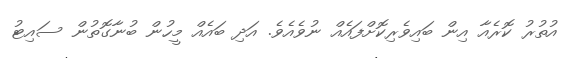
އުތުރު ކޮރެއާ އިން ބައިވެރިކޮށްފައެއް ނުވެއެވެ. އަދި ބައެއް މީހުން ބުނާގޮތުން ސައިޓު